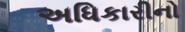
અધિકારીનો